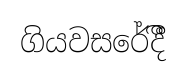
ගියවසරේදීී